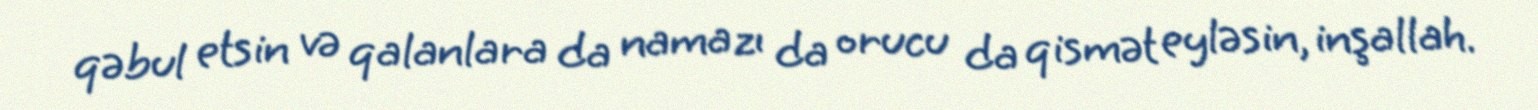
qəbul etsin və qalanlara da namazı da orucu da qismət eyləsin, inşallah.